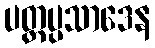
ပတ္တပ္ပသာဒေန